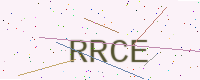
Text: RRCE